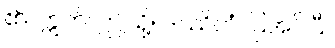
၏။ ဣတိ၊ ဤသို့။ ဒဿိတံ၊ ပြအပ်ပြီ။